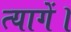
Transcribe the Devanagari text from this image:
त्यागें।